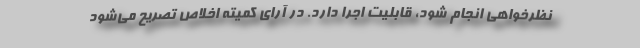
نظرخواهی انجام شود، قابلیت اجرا دارد. در آرای کمیته اخلاص تصریح می‌شود